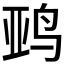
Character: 𱉨